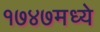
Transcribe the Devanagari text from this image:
१७४७मध्ये